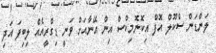
ލަންޑަން ސްކޫލް އޮފް އިކޮނޮމިކްސް އިން އޭނާއަށް ވަނީ ޑިގްރީއެއް ލިބިފަ އަދި